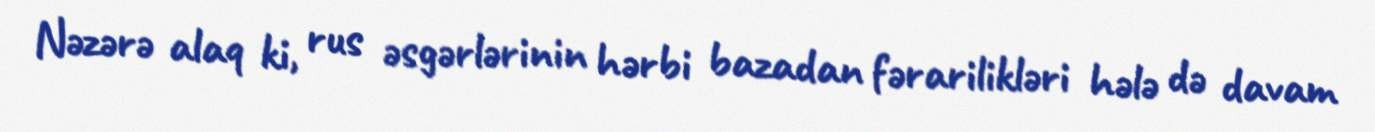
Nəzərə alaq ki, rus əsgərlərinin hərbi bazadan fərarilikləri hələ də davam